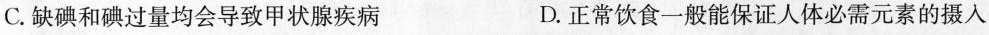
C.缺碘和碘过量均会导致甲状腺疾病 D.正常饮食一般能保证人体必需元素的摄入